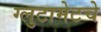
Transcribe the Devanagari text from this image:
ग्लुटामेटचे